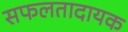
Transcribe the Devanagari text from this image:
सफलतादायक